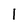
Character: 1